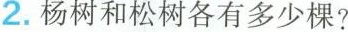
2.杨树和松树各有多少棵?